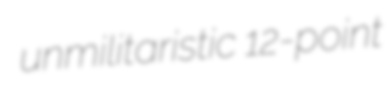
unmilitaristic 12-point